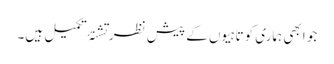
جو ابھی ہماری کوتاہیوں کے پیش نظر تشنۂ تکمیل ہیں۔